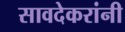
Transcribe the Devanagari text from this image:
सावदेकरांनी